Indian journal of veterinary science and animal husbandry - Volumes 26-27, 1956-1957
Year: 1956
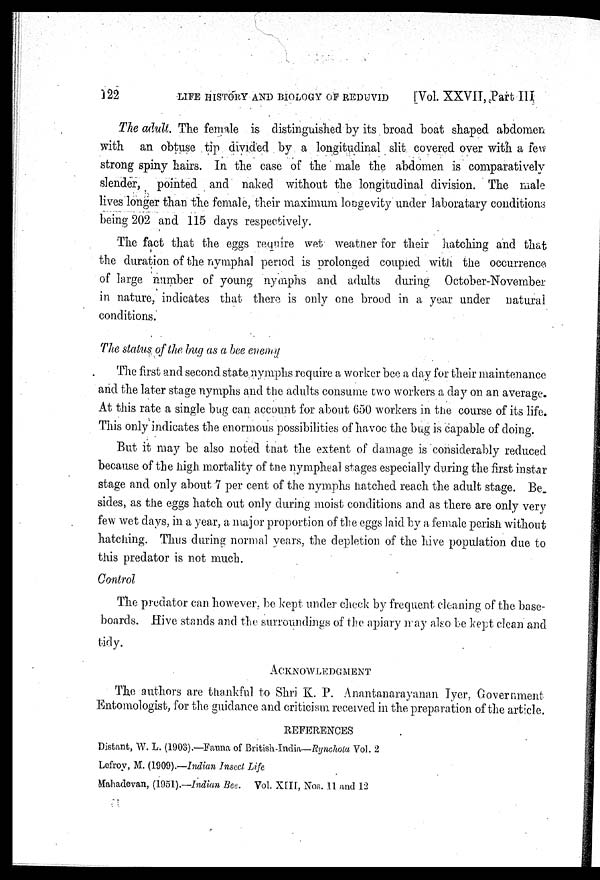
122
LIFE HISTORY AND BIOLOGY OF REDUVID
[Vol. XXVII, Part III
The adult. The female is distinguished by its broad boat shaped abdomen
with an obtuse tip divided by a longitudinal slit covered over with a few
strong spiny hairs. In the case of the male the abdomen is comparatively
slender, pointed and naked without the longitudinal division. The male
lives longer than the female, their maximum longevity under laboratary conditions
being 202 and 115 days respectively.
The fact that the eggs require wet weather for their hatching and that
the duration of the nymphal period is prolonged coupled with the occurrence
of large number of young nymphs and adults during October-November
in nature, indicates that there is only one brood in a year under natural
conditions.
The status of the bug as a bee enemy
The first and second state nymphs require a worker bee a day for their maintenance
and the later stage nymphs and the adults consume two workers a day on an average.
At this rate a single bug can account for about 650 workers in the course of its life.
This only indicates the enormous possibilities of havoc the bug is capable of doing.
But it may be also noted that the extent of damage is considerably reduced
because of the high mortality of the nympheal stages especially during the first instar
stage and only about 7 per cent of the nymphs hatched reach the adult stage. Be
sides, as the eggs hatch out only during moist conditions and as there are only very
few wet days, in a year, a major proportion of the eggs laid by a female perish without
hatching. Thus during normal years, the depletion of the hive population due to
this predator is not much.
Control
The predator can however, be kept under check by frequent cleaning of the base-
boards. Hive stands and the surroundings of the apiary may also be kept clean and
tidy.
ACKNOWLEDGMENT
The authors are thankful to Shri K. P. Anantanarayanan Iyer, Government
Entomologist, for the guidance and criticism received in the preparation of the article.
REFERENCES
Distant, W. L. (1903).—Fauna of British-India—Rynchola Vol. 2
Lefroy, M. (1909).—Indian Insect Life
Mahadevan, (1951).—Indian Bee. Vol. XIII, Nos. 11 and 12